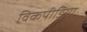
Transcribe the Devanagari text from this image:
विकपीडिया